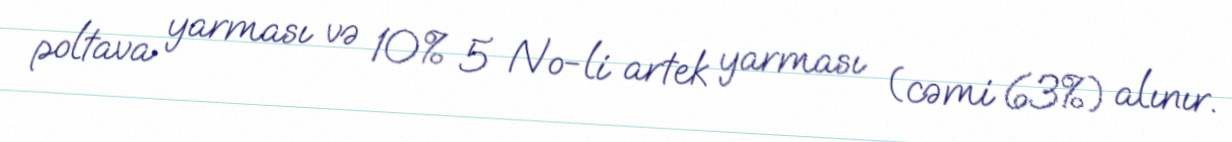
poltava yarması və 10% 5 №-li artek yarması (cəmi 63%) alınır.